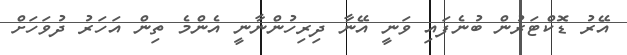
އޭރު ޑޮކްޓަރުން ބުނެފައި ވަނީ އޭނާ ދިރިހުންނާނީ އެންމެ ތިން އަހަރު ދުވަހަށް